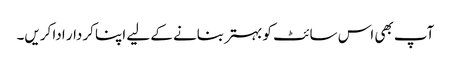
آپ بھی اس سائٹ کو بہتر بنانے کے لیے اپنا کردار ادا کریں۔